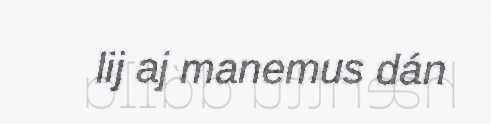
lij aj manemus dán